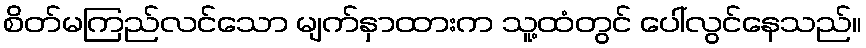
စိတ်မကြည်လင်သော မျက်နှာထားက သူ့ထံတွင် ပေါ်လွင်နေသည်။